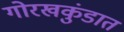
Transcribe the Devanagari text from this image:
गोरखकुंडात